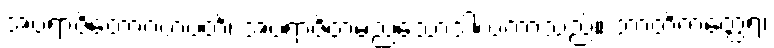
အပရာဇိတောဂဟပတိ၊ အပရာဇိတမည်သောဒါယကာသည်။ ဘာတိကတ္ထေရံ၊